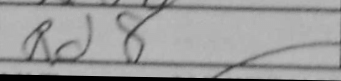
Transcription: Rd8